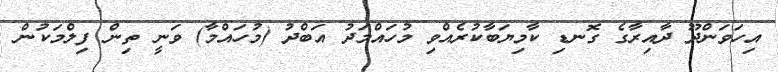
އިހަވަންދޫ ދާއިރާގެ ގޮނޑި ކާމިޔަބާކުރެއްވި މުހައްމަދު އަބްދު (މުހައްމާ) ވަނީ ތިން ފިލްމަކުން